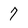
Character: 7